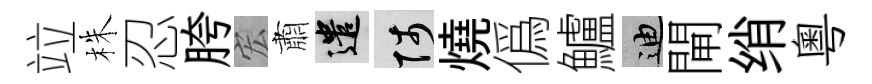
竝株忍胯宏肅遣陟燒僞鱸迪閘绡粵